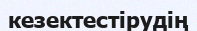
кезектестірудің